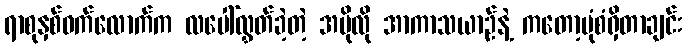
ရာစုနှစ်ဝက်လောက်က လပေါ်လွှတ်ခဲ့တဲ့ အပိုလို အာကာသယာဉ်နဲ့ ကတော့ပုံစံရှိတာချင်း